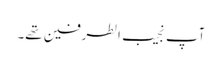
آپ نجیب الطرفین تھے۔